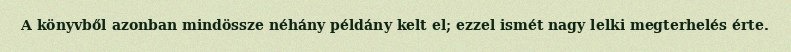
A könyvből azonban mindössze néhány példány kelt el; ezzel ismét nagy lelki megterhelés érte.